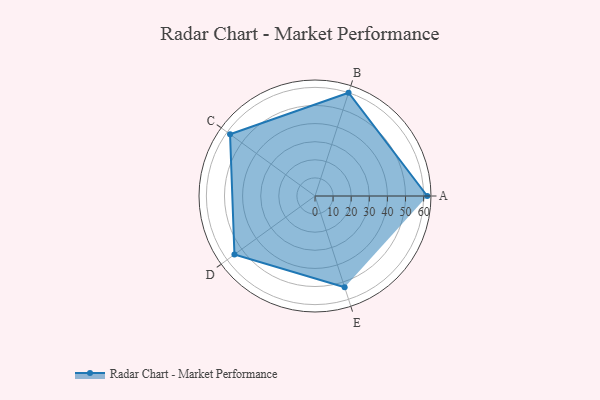
{"axis": {"x": "Skill", "y": "Score"}, "legend": ["Profile"], "data": [{"x": "A", "y": 62.0, "type": "Profile"}, {"x": "B", "y": 60.0, "type": "Profile"}, {"x": "C", "y": 58.0, "type": "Profile"}, {"x": "D", "y": 55.0, "type": "Profile"}, {"x": "E", "y": 53.0, "type": "Profile"}]}